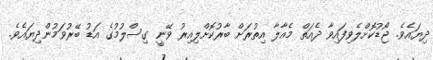
ދިޔައެވެ. ޖޯޑުކޮށްލެވިފައިވާ ދެއަތް މެއާލާ އިތުރަށް ބާރުކޮށްލިއިރު ވޭނީ ގިސްލުމުގެ އަޑު ބޭރުވަމުންދިޔައެވެ.